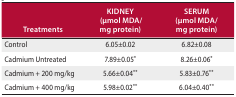
<table><thead><tr><td><b>Treatments</b></td><td><b>KIDNEY (μmol MDA/mg protein)</b></td><td><b>SERUM (μmol MDA/mg protein)</b></td></tr></thead><tbody><tr><td>Control</td><td>6.05±0.02</td><td>6.82±0.08</td></tr><tr><td>Cadmium Untreated</td><td>7.89±0.05<sup>*</sup></td><td>8.26±0.06<sup>*</sup></td></tr><tr><td>Cadmium + 200 mg/kg</td><td>5.66±0.04<sup>**</sup></td><td>5.83±0.76<sup>**</sup></td></tr><tr><td>Cadmium + 400 mg/kg</td><td>5.98±0.02<sup>**</sup></td><td>6.04±0.40<sup>**</sup></td></tr></tbody></table>